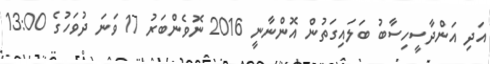
އަދި އަންދާސީހިސާބު ބަލައިގަތުން އޮންނާނީ 2016 ނޮވެންބަރު 17 ވަނަ ދުވަހުގެ 13:00